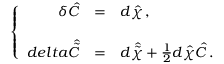
\left\{ \begin{array} { r c l } { { \delta \hat { C } } } & { { = } } & { { d \hat { \chi } \, , } } \\ { { } } & { { } } & { { } } \\ { { d e l t a \hat { \tilde { C } } } } & { { = } } & { { d \hat { \tilde { \chi } } + \frac { 1 } { 2 } d \hat { \chi } \hat { C } \, . } } \end{array} \right.